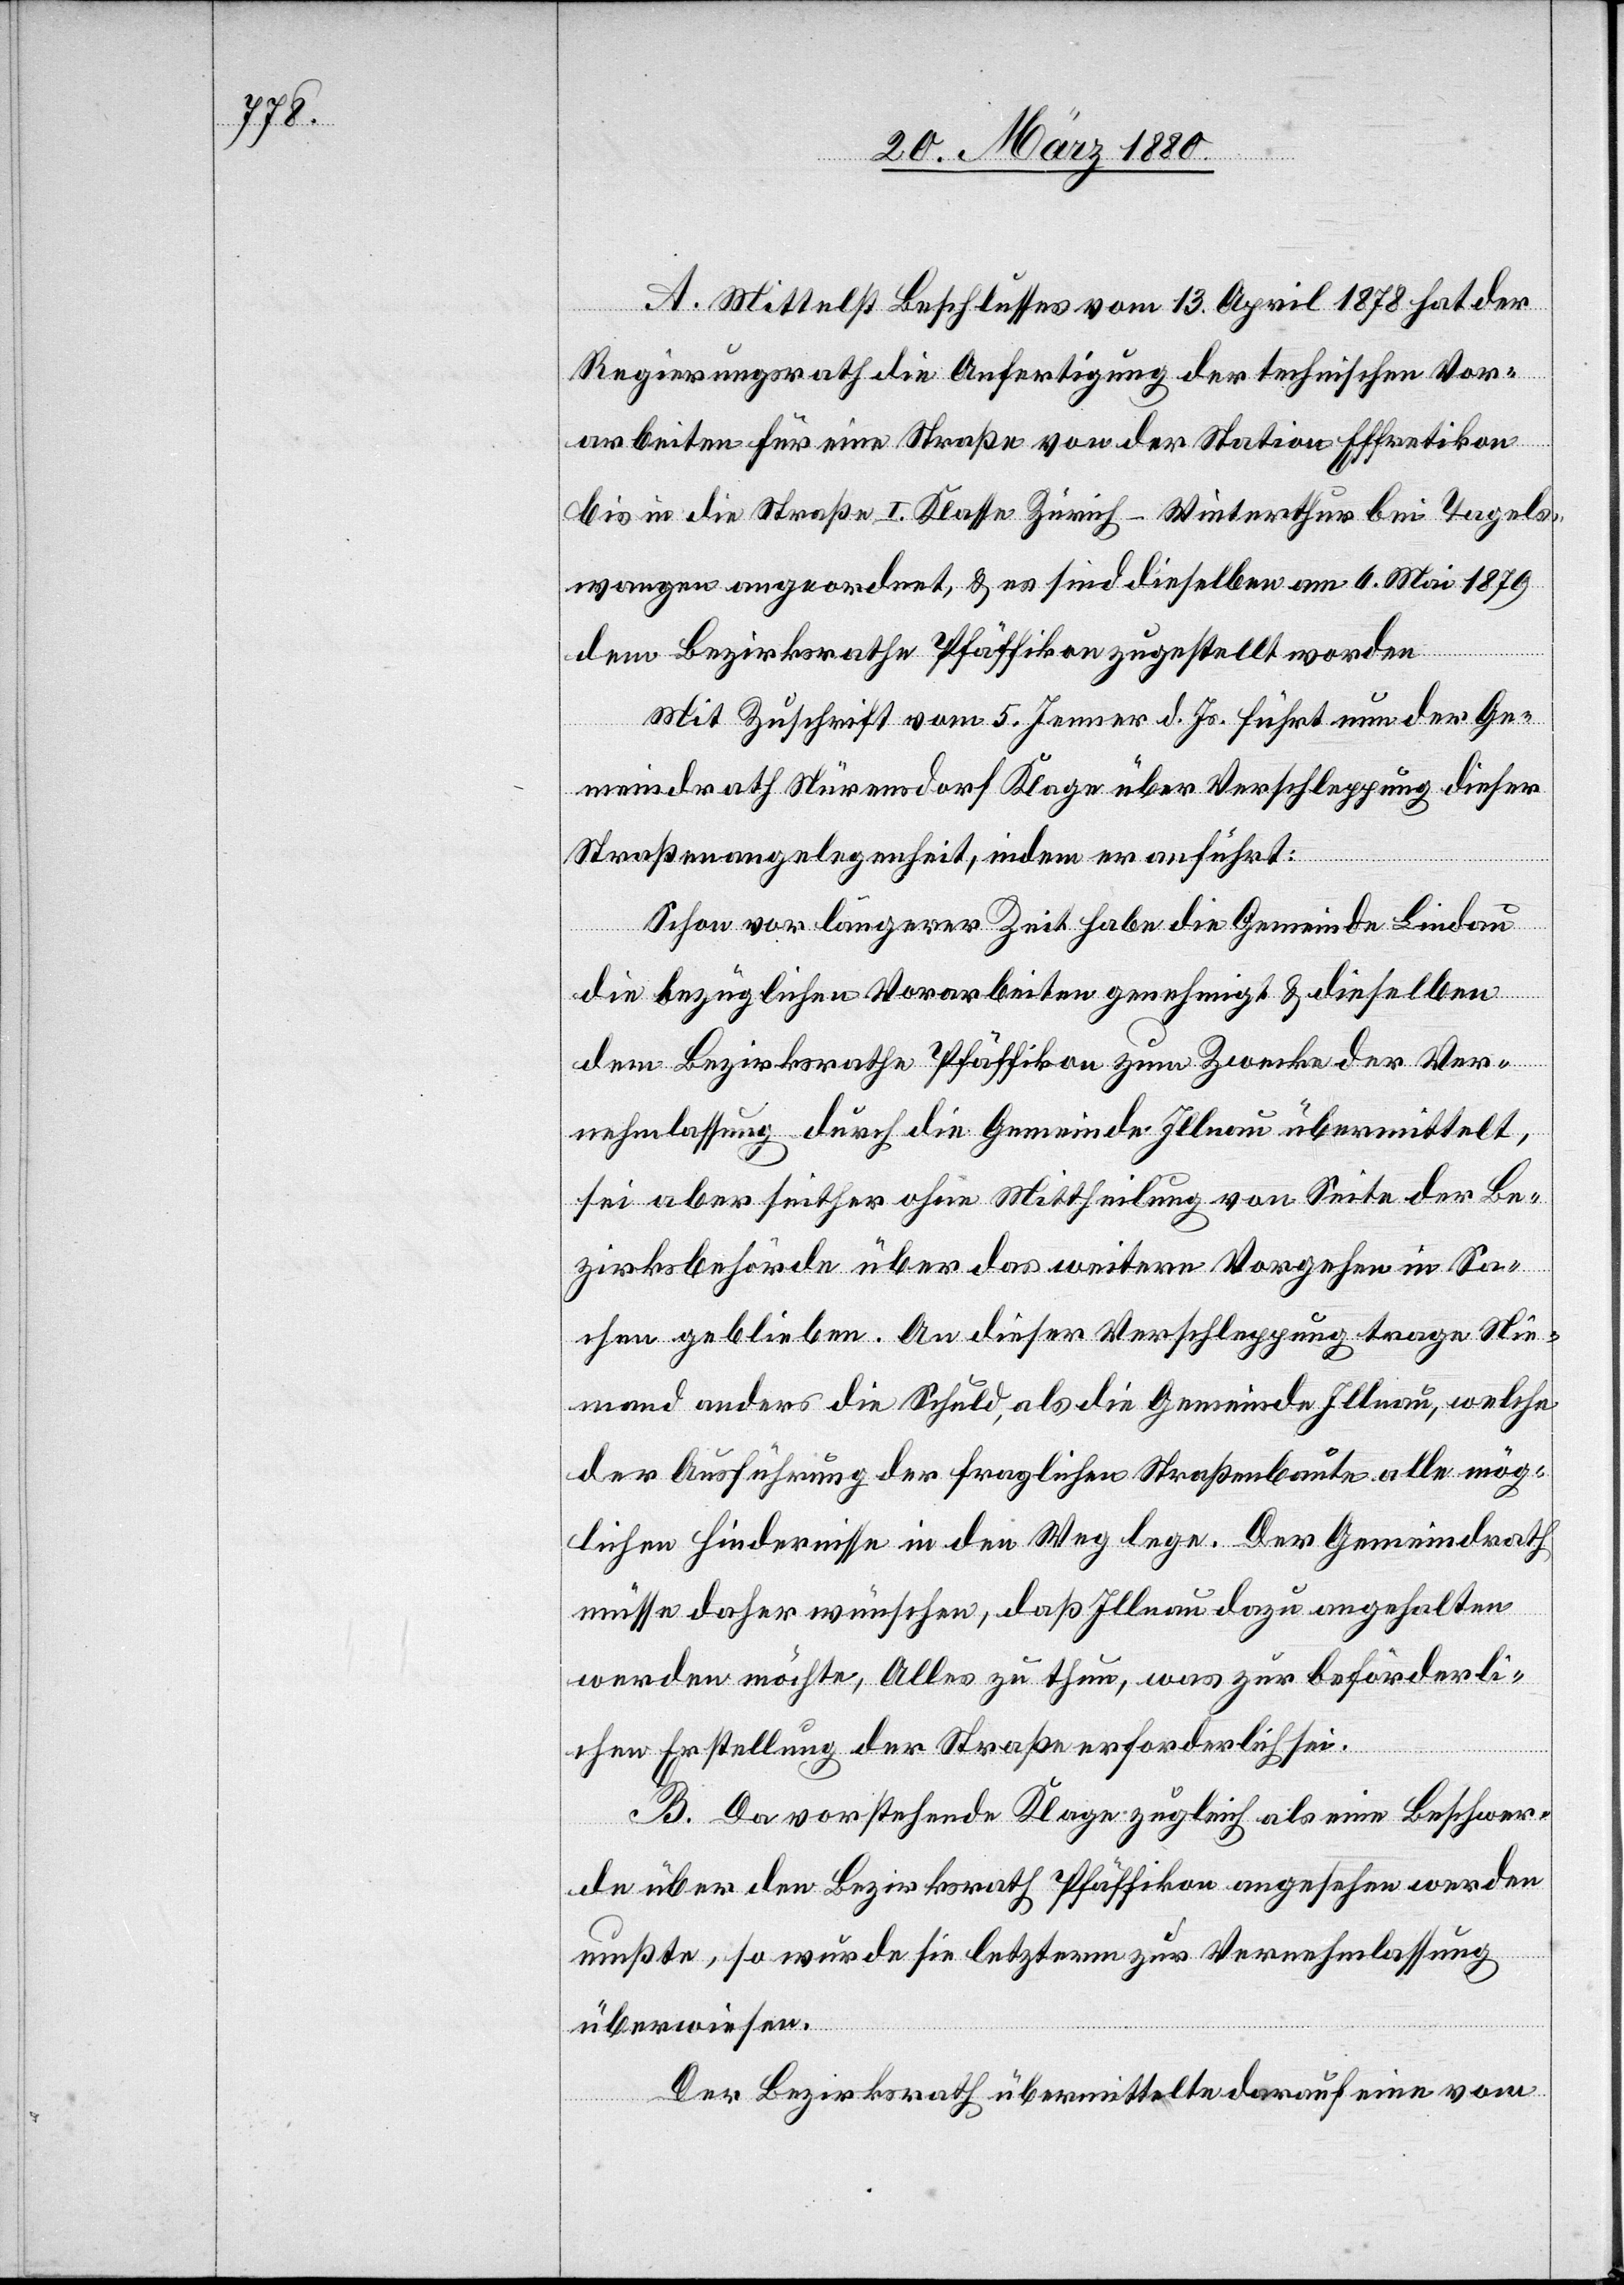
A. Mittelst Beschlusses vom 13. April 1878 hat der
Regierungsrath die Anfertigung der technischen Vor¬
arbeiten für eine Straße von der Station Effretikon
bis in die Straße I. Klasse Zürich–Winterthur bei Tagels¬
wangen angeordnet, & es sind dieselben am 6. Mai 1879
dem Bezirksrathe Pfäffikon zugestellt worden.
Mit Zuschrift vom 5. Jenner d. Js. führt nun der Ge¬
meindrath Nürensdorf Klage über Verschleppung dieser
Straßenangelegenheit, indem er anführt:
Schon vor längerer Zeit habe die Gemeinde Lindau
die bezüglichen Vorarbeiten genehmigt & dieselben
dem Bezirksrathe Pfäffikon zum Zwecke der Ver¬
nehmlassung durch die Gemeinde Illnau übermittelt,
sei aber seither ohne Mittheilung von Seite der Be¬
zirksbehörde über das weitere Vorgehen in Sa¬
chen geblieben. An dieser Verschleppung trage Nie¬
mand anders die Schuld, als die Gemeinde Illnau, welche
der Ausführung der fraglichen Straßenbaute alle mög¬
lichen Hindernisse in den Weg lege. Der Gemeindrath
müsse daher wünschen, daß Illnau dazu angehalten
werden möchte, Alles zu thun, was zur beförderli¬
chen Erstellung der Straße erforderlich sei.
B. Da vorstehende Klage zugleich als eine Beschwer¬
de über den Bezirksrath Pfäffikon angesehen werden
mußte, so wurde sie letzterm zur Vernehmlassung
überwiesen.
Der Bezirksrath übermittelte darauf eine vom